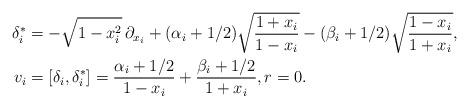
LaTeX: \begin{align*}\delta_i^*&=-\sqrt{1-x_i^2}\,\partial_{x_i}+(\alpha_i+1/2)\sqrt\frac{1+x_i}{1-x_i}-(\beta_i+1/2)\sqrt\frac{1-x_i}{1+x_i},\\ v_i&=[\delta_i,\delta_i^*]=\frac{\alpha_i+1/2}{1-x_i}+\frac{\beta_i+1/2}{1+x_i},r=0.\end{align*}